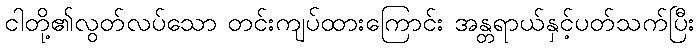
ငါတို့၏လွတ်လပ်သော တင်းကျပ်ထားကြောင်း အန္တရာယ်နှင့်ပတ်သက်ပြီး